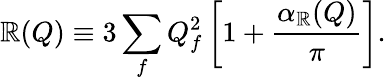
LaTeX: \mathbb{R}(Q)\equiv3\sum_{f}Q_{f}^{2}\left[1+{\frac{{\alpha_{\mathbb{R}}(Q)}}{{\pi}}}\right].